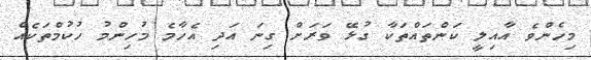
މިހެންވެ އާއިލީ ކަންތައްތަކާ ގުޅޭ ވަރަށް ގިނަ އަދި އެހާމެ މުހިންމު ހުކުމްތަކެއް